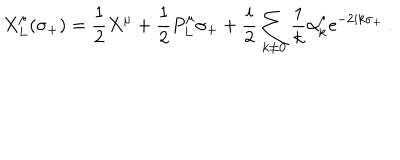
X _ { L } ^ { \mu } ( \sigma _ { + } ) = \frac { 1 } { 2 } X ^ { \mu } + \frac { 1 } { 2 } P _ { L } ^ { \mu } \sigma _ { + } + \frac { i } { 2 } \sum _ { k \neq 0 } \frac { 1 } { k } \alpha _ { k } ^ { \mu } \mathrm { e } ^ { - 2 i k \sigma _ { + } } \, .